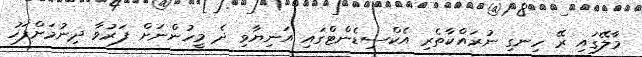
މާލޭގައި ރޭ ހިނގި ނުރައްކާތެރި އެކްސިޑެންޓްގައި އަނިޔާވި ދެ މީހުންނަށް ފަރުވާ ދިނުމަށްފަހު